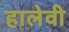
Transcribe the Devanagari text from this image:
हालेवी